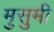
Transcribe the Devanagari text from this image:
मुसुमी